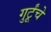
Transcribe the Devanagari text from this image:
गुर्टूंचे